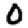
Digit: 0